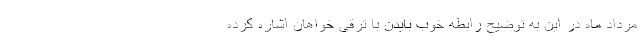
مرداد ماه در این به توضیح رابطه خوب بایدن با ترقی خواهان اشاره کرده